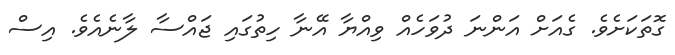
ގޮތަކަށެވެ. ގެއަށް އަންނަ ދުވަހެއް ވިއްޔާ އޭނާ ހިތުގައި ޖައްސާ ލާނެއެވެ. އިސް